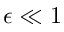
\epsilon \ll 1